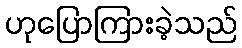
ဟုပြောကြားခဲ့သည်